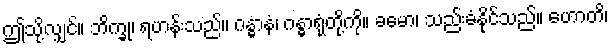
ဤသို့လျှင်။ ဘိက္ခု၊ ရဟန်းသည်။ ဂန္ဓာနံ၊ ဂန္ဓာရုံတို့ကို။ ခမော၊ သည်းခံနိုင်သည်။ ဟောတိ၊